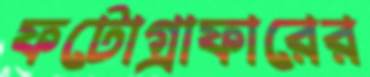
ফটোগ্রাফারের